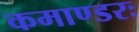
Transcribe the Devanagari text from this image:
कमाण्डरः